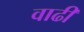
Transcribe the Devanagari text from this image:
वाढी